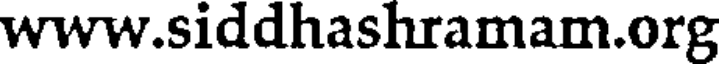
www.siddhashramam.org